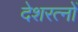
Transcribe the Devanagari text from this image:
देशरत्नों